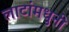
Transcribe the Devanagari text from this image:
लाटांमधुनी